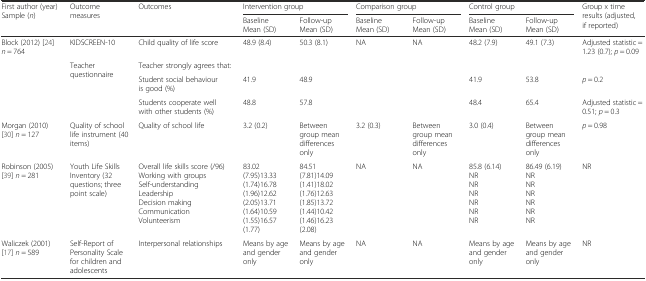
<table><thead><tr><td rowspan="2"><b>First author (year)Sample (<i>n</i>)</b></td><td rowspan="2"><b>Outcome measures</b></td><td rowspan="2"><b>Outcomes</b></td><td colspan="2"><b>Intervention group</b></td><td colspan="2"><b>Comparison group</b></td><td colspan="2"><b>Control group</b></td><td rowspan="2"><b>Group x time results (adjusted, if reported)</b></td></tr><tr><td><b>BaselineMean (SD)</b></td><td><b>Follow-upMean (SD)</b></td><td><b>BaselineMean (SD)</b></td><td><b>Follow-upMean (SD)</b></td><td><b>BaselineMean (SD)</b></td><td><b>Follow-upMean (SD)</b></td></tr></thead><tbody><tr><td rowspan="4">Block (2012) [24]<i>n</i> = 764</td><td>KIDSCREEN-10</td><td>Child quality of life score</td><td>48.9 (8.4)</td><td>50.3 (8.1)</td><td>NA</td><td>NA</td><td>48.2 (7.9)</td><td>49.1 (7.3)</td><td>Adjusted statistic = 1.23 (0.7); <i>p</i> = 0.09</td></tr><tr><td rowspan="3">Teacher questionnaire</td><td>Teacher strongly agrees that:</td><td></td><td></td><td></td><td></td><td></td><td></td><td></td></tr><tr><td>Student social behaviour is good (%)</td><td>41.9</td><td>48.9</td><td></td><td></td><td>41.9</td><td>53.8</td><td><i>p</i> = 0.2</td></tr><tr><td>Students cooperate well with other students (%)</td><td>48.8</td><td>57.8</td><td></td><td></td><td>48.4</td><td>65.4</td><td>Adjusted statistic = 0.51; <i>p</i> = 0.3</td></tr><tr><td>Morgan (2010) [30]<i>n</i> = 127</td><td>Quality of school life instrument (40 items)</td><td>Quality of school life</td><td>3.2 (0.2)</td><td>Between group mean differences only</td><td>3.2 (0.3)</td><td>Between group mean differences only</td><td>3.0 (0.4)</td><td>Between group mean differences only</td><td><i>p</i> = 0.98</td></tr><tr><td>Robinson (2005) [39]<i>n</i> = 281</td><td>Youth Life Skills Inventory (32 questions; three point scale)</td><td>Overall life skills score (/96)Working with groupsSelf-understandingLeadershipDecision makingCommunicationVolunteerism</td><td>83.02 (7.95)13.33 (1.74)16.78 (1.96)12.62 (2.05)13.71 (1.64)10.59 (1.55)16.57 (1.77)</td><td>84.51 (7.81)14.09 (1.41)18.02 (1.76)12.63 (1.85)13.72 (1.44)10.42 (1.46)16.23 (2.08)</td><td>NA</td><td>NA</td><td>85.8 (6.14)NRNRNRNRNRNR</td><td>86.49 (6.19)NRNRNRNRNRNR</td><td>NR</td></tr><tr><td>Waliczek (2001) [17]<i>n</i> = 589</td><td>Self-Report of Personality Scale for children and adolescents</td><td>Interpersonal relationships</td><td>Means by age and gender only</td><td>Means by age and gender only</td><td>NA</td><td>NA</td><td>Means by age and gender only</td><td>Means by age and gender only</td><td>NR</td></tr></tbody></table>